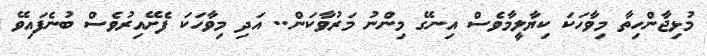
މުޅިޖާންހިތާ މިވާހަކަ ކިޔާލީމާވެސް އިނގޭ މިންނު މަރުވާކަން.. އަދި މިވާހަކަ ފެށޭއިރުވެސް ބުނެފައިވޭ